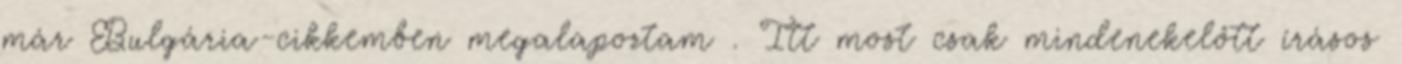
már Bulgária-cikkemben megalapoztam . Itt most csak mindenekelőtt írásos